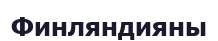
Финляндияны